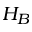
H _ { B }